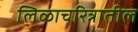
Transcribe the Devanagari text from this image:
लिळाचरित्रातील